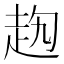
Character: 𧺤